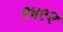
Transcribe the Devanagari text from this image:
९४९२